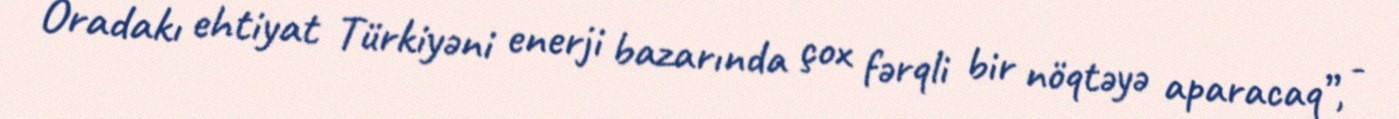
Oradakı ehtiyat Türkiyəni enerji bazarında çox fərqli bir nöqtəyə aparacaq”, -